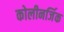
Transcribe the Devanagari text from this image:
कोलीनर्जिक